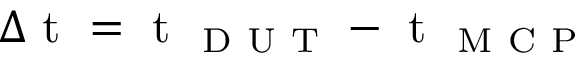
\Delta \mathrm { ~ t ~ } = \mathrm { ~ t ~ } _ { \mathrm { ~ D ~ U ~ T ~ } } - \mathrm { ~ t ~ } _ { \mathrm { ~ M ~ C ~ P ~ } }